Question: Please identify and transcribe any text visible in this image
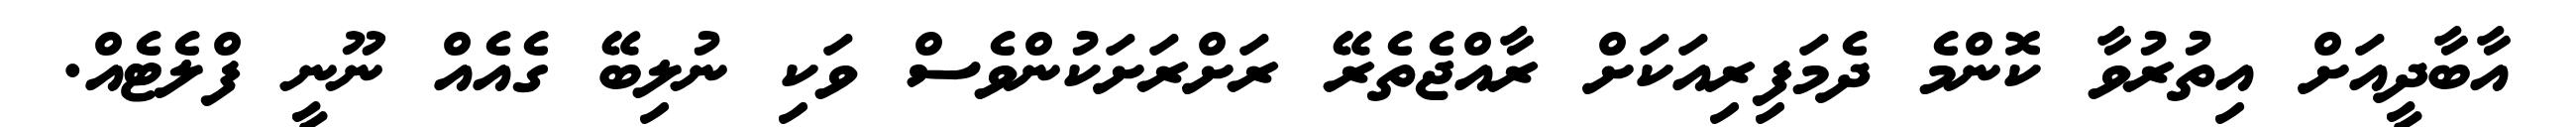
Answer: އާބާދީއަށް އިތުރުވާ ކޮންމެ ދެމަފިރިއަކަށް ރާއްޖެތެރޭ ރަށްރަށަކުންވެސް ވަކި ނުލިބޭ ގެއެއް ނޫނީ ފްލެޓެއް.